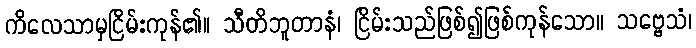
ကိလေသာမှငြိမ်းကုန်၏။ သီတိဘူတာနံ၊ ငြိမ်းသည်ဖြစ်၍ဖြစ်ကုန်သော။ သဗ္ဗေသံ၊